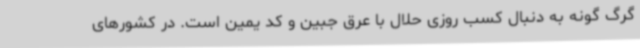
گرگ گونه به دنبال کسب روزی حلال با عرق جبین و کد یمین است. در کشورهای